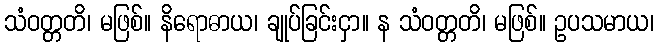
သံဝတ္တတိ၊ မဖြစ်။ နိရောဓာယ၊ ချုပ်ခြင်းငှာ။ န သံဝတ္တတိ၊ မဖြစ်။ ဥပသမာယ၊